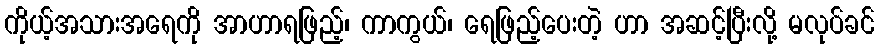
ကိုယ့်အသားအရေကို အာဟာရဖြည့်၊ ကာကွယ်၊ ရေဖြည့်ပေးတဲ့ ဟာ အဆင့်ပြီးလို့ မလုပ်ခင်